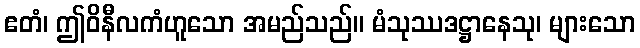
ဧတံ၊ ဤဝိနီလကံဟူသော အမည်သည်။ မံသုဿဒဋ္ဌာနေသု၊ များသော